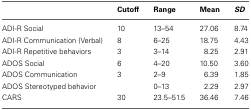
<table><thead><tr><td></td><td><b>Cutoff</b></td><td><b>Range</b></td><td><b>Mean</b></td><td><b><i>SD</i></b></td></tr></thead><tbody><tr><td>ADI-R Social</td><td>10</td><td>13–54</td><td>27.06</td><td>8.74</td></tr><tr><td>ADI-R Communication (Verbal)</td><td>8</td><td>6–25</td><td>18.75</td><td>4.43</td></tr><tr><td>ADI-R Repetitive behaviors</td><td>3</td><td>3–14</td><td>8.25</td><td>2.91</td></tr><tr><td>ADOS Social</td><td>6</td><td>4–20</td><td>10.50</td><td>3.60</td></tr><tr><td>ADOS Communication</td><td>3</td><td>2–9</td><td>6.39</td><td>1.85</td></tr><tr><td>ADOS Stereotyped behavior</td><td></td><td>0–13</td><td>2.29</td><td>2.97</td></tr><tr><td>CARS</td><td>30</td><td>23.5–51.5</td><td>36.46</td><td>7.46</td></tr></tbody></table>